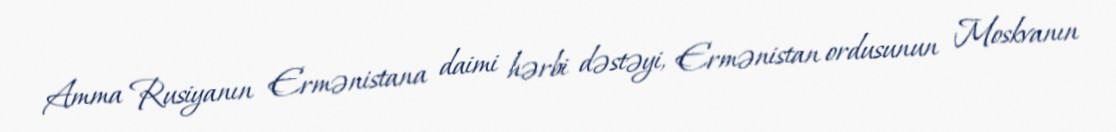
Amma Rusiyanın Ermənistana daimi hərbi dəstəyi, Ermənistan ordusunun Moskvanın